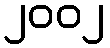
၂၀၀၂